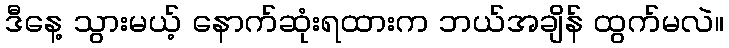
ဒီနေ့ သွားမယ့် နောက်ဆုံးရထားက ဘယ်အချိန် ထွက်မလဲ။